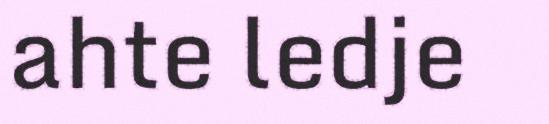
ahte ledje